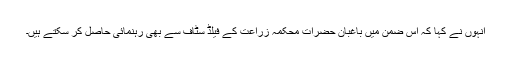
انہوں نے کہا کہ اس ضمن میں باغبان حضرات محکمہ زراعت کے فیلڈ سٹاف سے بھی رہنمائی حاصل کر سکتے ہیں۔